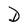
Character: D